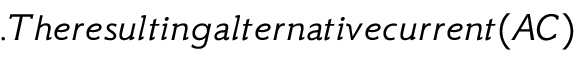
. T h e r e s u l t i n g a l t e r n a t i v e c u r r e n t ( A C )